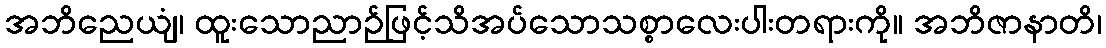
အဘိညေယျံ၊ ထူးသောညာဉ်ဖြင့်သိအပ်သောသစ္စာလေးပါးတရားကို။ အဘိဇာနာတိ၊